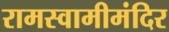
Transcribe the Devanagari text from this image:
रामस्वामीमंदिर